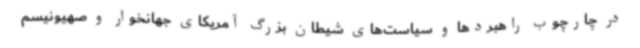
در چارچوب راهبردها و سیاست‌های شیطان بزرگ آمریکای جهانخوار و صهیونیسم